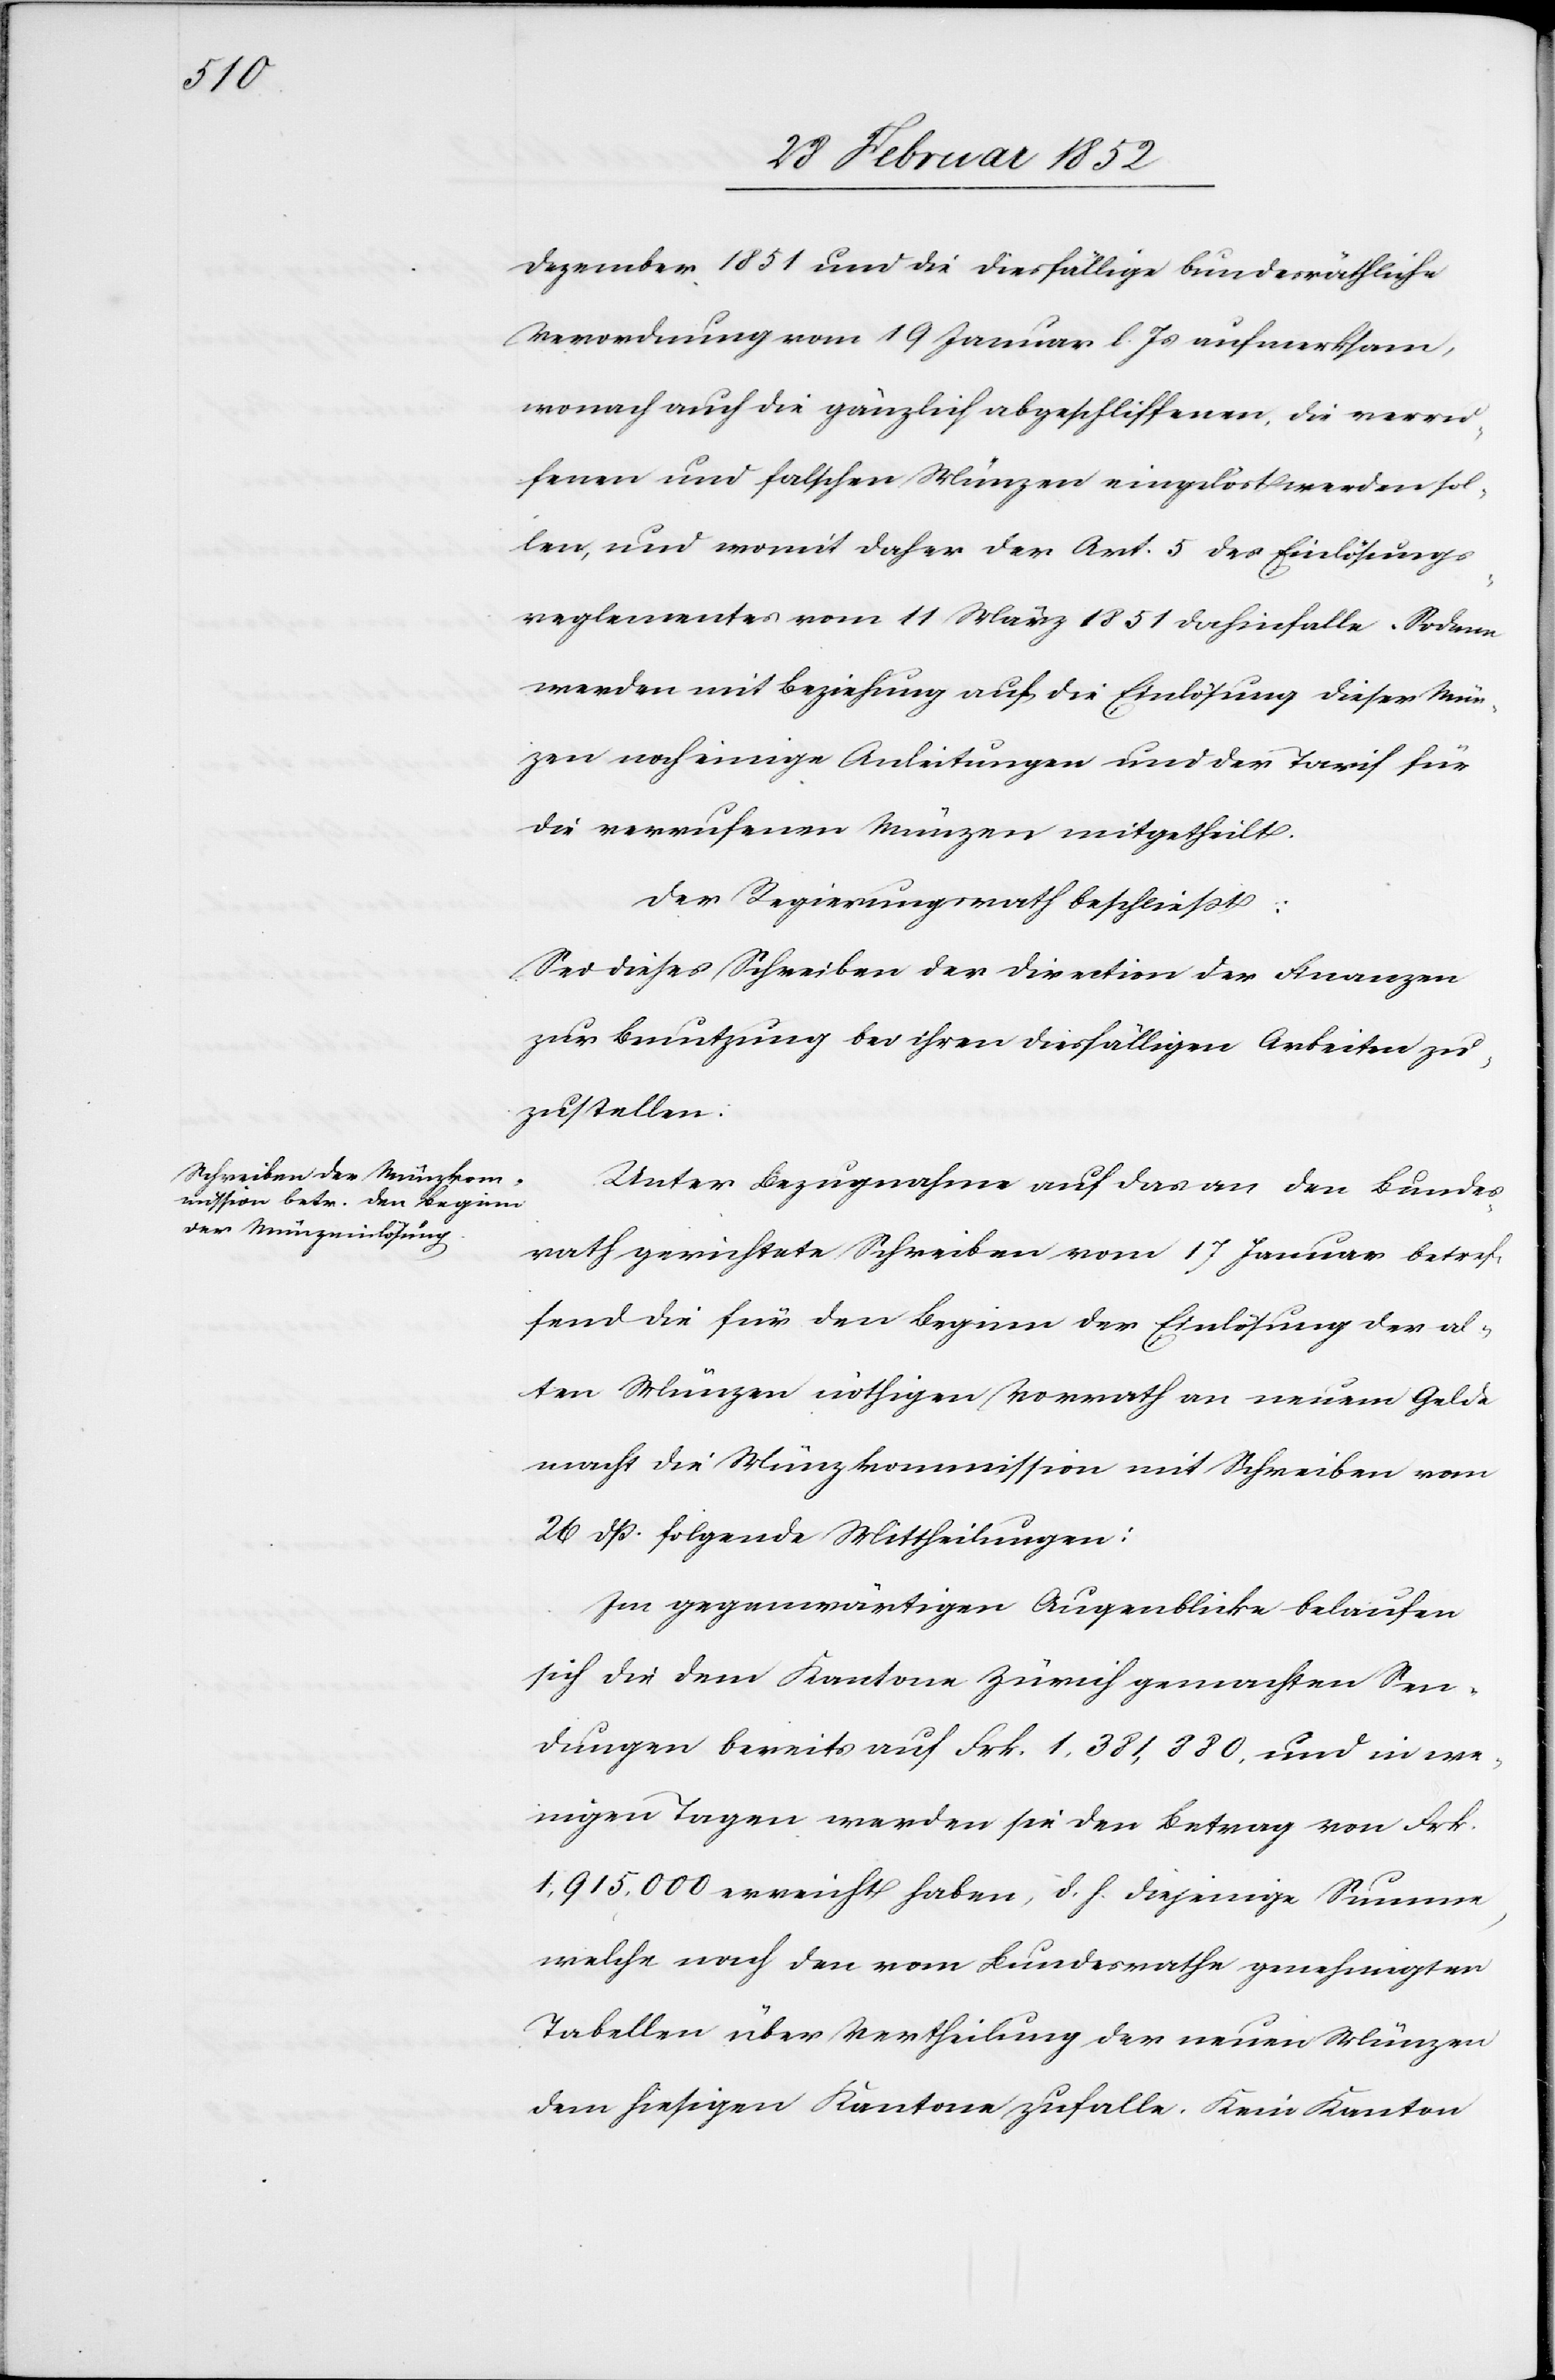
Dezember 1851 und die dießfällige bundesräthliche
Verordnung vom 19 Januar l. Js aufmerksam,
wonach auch die gänzlich abgeschliffenen, die verru¬
fenen und falschen Münzen eingelöst werden sol¬
len, und womit daher der Art. 5 des Einlösungs¬
reglementes vom 11 März 1851 dahinfalle. Sodann
werden mit Beziehung auf die Einlösung dieser Mün¬
zen noch einige Anleitungen und der Tarif für
die verrufenen Münzen mitgetheilt.
Der Regierungsrath beschließt:
Sei dieses Schreiben der Direction der Finanzen
zur Benutzung bei ihren diesfälligen Arbeiten zu¬
zustellen.
Unter Bezugnahme auf das an den Bundes¬
rath gerichtete Schreiben vom 17 Januar betref¬
fend die für den Beginn der Einlösung der al¬
ten Münzen nöthigen Vorrath an neuem Gelde
macht die Münzkommission mit Schreiben vom
26 dß. folgende Mittheilungen:
Im gegenwärtigen Augenblicke belaufen
sich die dem Kantone Zürich gemachten Sen¬
dungen bereits auf Frk. 1,381,880. und in we¬
nigen Tagen werden sie den Betrag von Frk.
1,915,000 erreicht haben, d. h. diejenige Summe,
welche nach den vom Bundesrathe genehmigten
Tabellen über Vertheilung der neuen Münzen
dem hiesigen Kantone zufalle. Kein Kanton